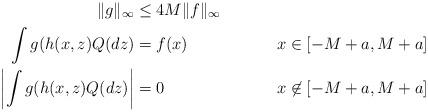
LaTeX: \begin{align*}\|g\|_{\infty}&\leq 4M\|f\|_{\infty}\\\int g(h(x,z)Q(dz)&=f(x) & x \in [-M+a,M+a]\\\left|\int g(h(x,z)Q(dz)\right|&=0 &x \not\in [-M+a,M+a]\end{align*}